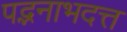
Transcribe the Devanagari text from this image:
पद्भनाभदत्त